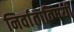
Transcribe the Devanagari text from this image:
निर्वाताविषयी